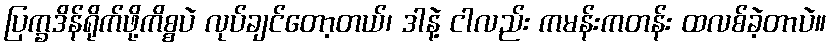
ပြက္ခဒိန်ရိုက်ဖို့ကိစ္စပဲ လုပ်ချင်တော့တယ်၊ ဒါနဲ့ ငါလည်း ကမန်းကတန်း ထလစ်ခဲ့တာပဲ။